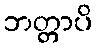
ဘတ္တာပိ